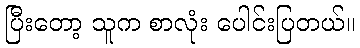
ပြီးတော့ သူက စာလုံး ပေါင်းပြတယ်။